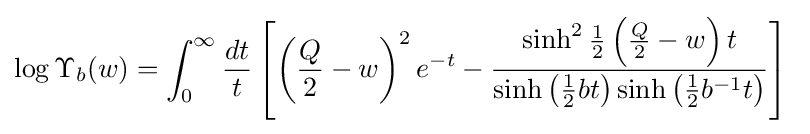
\log \Upsilon _{b}(w)=\int _{0}^{\infty }{\frac {dt}{t}}\left[\left({\frac {Q}{2}}-w\right)^{2}e^{-t}-{\frac {\sinh ^{2}{\frac {1}{2}}\left({\frac {Q}{2}}-w\right)t}{\sinh \left({\frac {1}{2}}bt\right)\sinh \left({\frac {1}{2}}b^{-1}t\right)}}\right]\